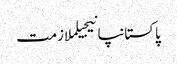
پاکستانپانیجیلملازمت